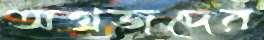
অগ্রজদের